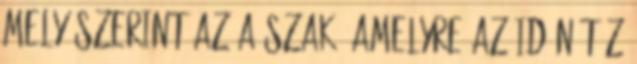
mely szerint az a szak, amelyre az idén tíz